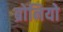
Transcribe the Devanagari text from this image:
ब्रोनियो